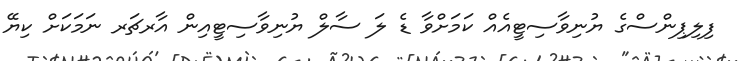
ފިލިޕިންސްގެ ޔުނިވާސިޓީއެއް ކަމަށްވާ ޑެ ލަ ސާލް ޔުނިވާސިޓީއިން އާރޗަރ ނަމަކަށް ކިޔޭ